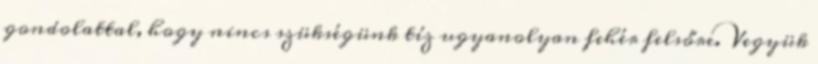
gondolattal, hogy nincs szükségünk tíz ugyanolyan fehér felsőre. Vegyük